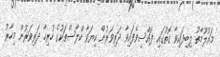
މައުލޫމާތު ލިބިފައިވާ ގޮތުގައި ފައްސިވެފައިވާ ދަރިވަރުން ކިޔަވާ ކްލާސްތަކުގެ ހުރިހާ ދަރިވަރުން މިހާރު